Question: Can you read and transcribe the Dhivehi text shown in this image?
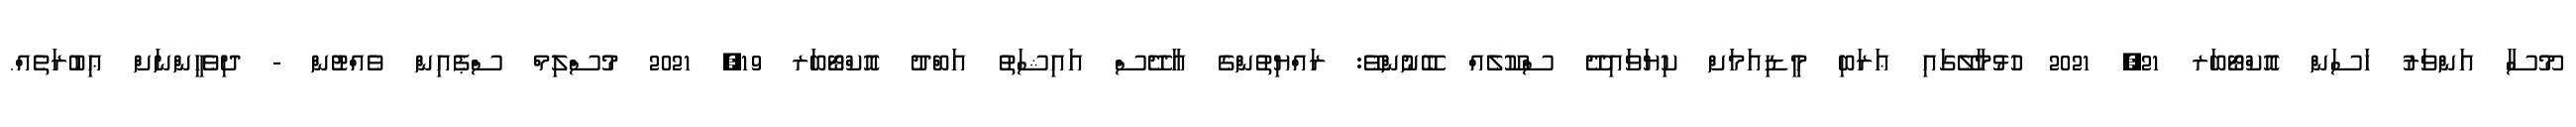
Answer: މޫސާ އަންވަރު ހަސަން އޮކްޓޯބަރ 21, 2021 ހުޅުމާލޭގައި ޢަރަބި މީޑިއަމަށް ކިޔަވައިދޭ ސްކޫލެއް ބޭނުންވޭ: ރައްޔިތުންގެ އާދޭސް އައިޝަތު އަބްދު އޮކްޓޯބަރ 19, 2021 މުސްލިމް ސްޕެއިން ވެއްޓުން - ދިވެހީންނަށް ޢިބުރަތެއް.